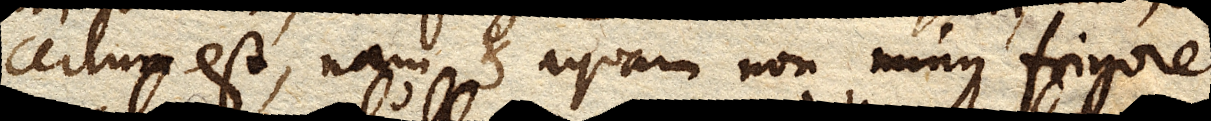
certum est, nam et aquam non minus frigore